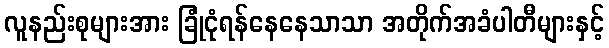
လူနည်းစုများအား ခြုံငုံရန်နေနေသာသာ အတိုက်အခံပါတီများနှင့်